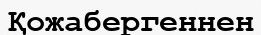
Қожабергеннен